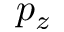
p _ { z }